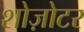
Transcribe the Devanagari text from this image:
शोज़ोटर